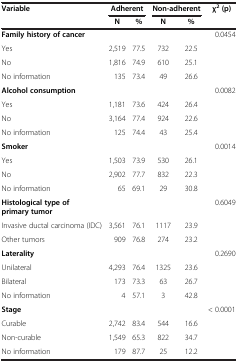
| <ROWSPAN=2> Variable |  | Adherent | <COLSPAN=5> Non-adherent | <ROWSPAN=2> χ2 (p) |
 | N | % | N | % |  |  |  |
 | --- | --- | --- | --- | --- | --- | --- | --- | --- |
 | Family history of cancer |  |  |  |  | 0.0454 |
 | Yes | 2,519 | 77.5 | 732 | 22.5 |  |
 | No | 1,816 | 74.9 | 610 | 25.1 |  |
 | No information | 135 | 73.4 | 49 | 26.6 |  |
 | Alcohol consumption |  |  |  |  | 0.0082 |
 | Yes | 1,181 | 73.6 | 424 | 26.4 |  |
 | No | 3,164 | 77.4 | 924 | 22.6 |  |
 | No information | 125 | 74.4 | 43 | 25.4 |  |
 | Smoker |  |  |  |  | 0.0014 |
 | Yes | 1,503 | 73.9 | 530 | 26.1 |  |
 | No | 2,902 | 77.7 | 832 | 22.3 |  |
 | No information | 65 | 69.1 | 29 | 30.8 |  |
 | <COLSPAN=2> Histological type of primary tumor |  |  |  | 0.6049 |
 | Invasive ductal carcinoma (IDC) | 3,561 | 76.1 | 1117 | 23.9 |  |
 | Other tumors | 909 | 76.8 | 274 | 23.2 |  |
 | Laterality |  |  |  |  | 0.2690 |
 | Unilateral | 4,293 | 76.4 | 1325 | 23.6 |  |
 | Bilateral | 173 | 73.3 | 63 | 26.7 |  |
 | No information | 4 | 57.1 | 3 | 42.8 |  |
 | Stage |  |  |  |  | < 0.0001 |
 | Curable | 2,742 | 83.4 | 544 | 16.6 |  |
 | Non-curable | 1,549 | 65.3 | 822 | 34.7 |  |
 | No information | 179 | 87.7 | 25 | 12.2 |  |